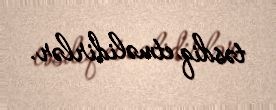
təsdiq etməlidirlər.